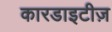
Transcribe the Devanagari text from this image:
कारडाइटीज़